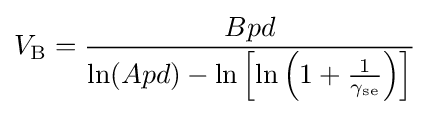
V_{\text{B}}={\frac {Bpd}{\ln(Apd)-\ln \left[\ln \left(1+{\frac {1}{\gamma _{\text{se}}}}\right)\right]}}